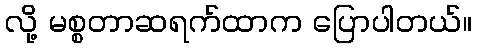
လို့ မစ္စတာဆရက်ထာက ပြောပါတယ်။